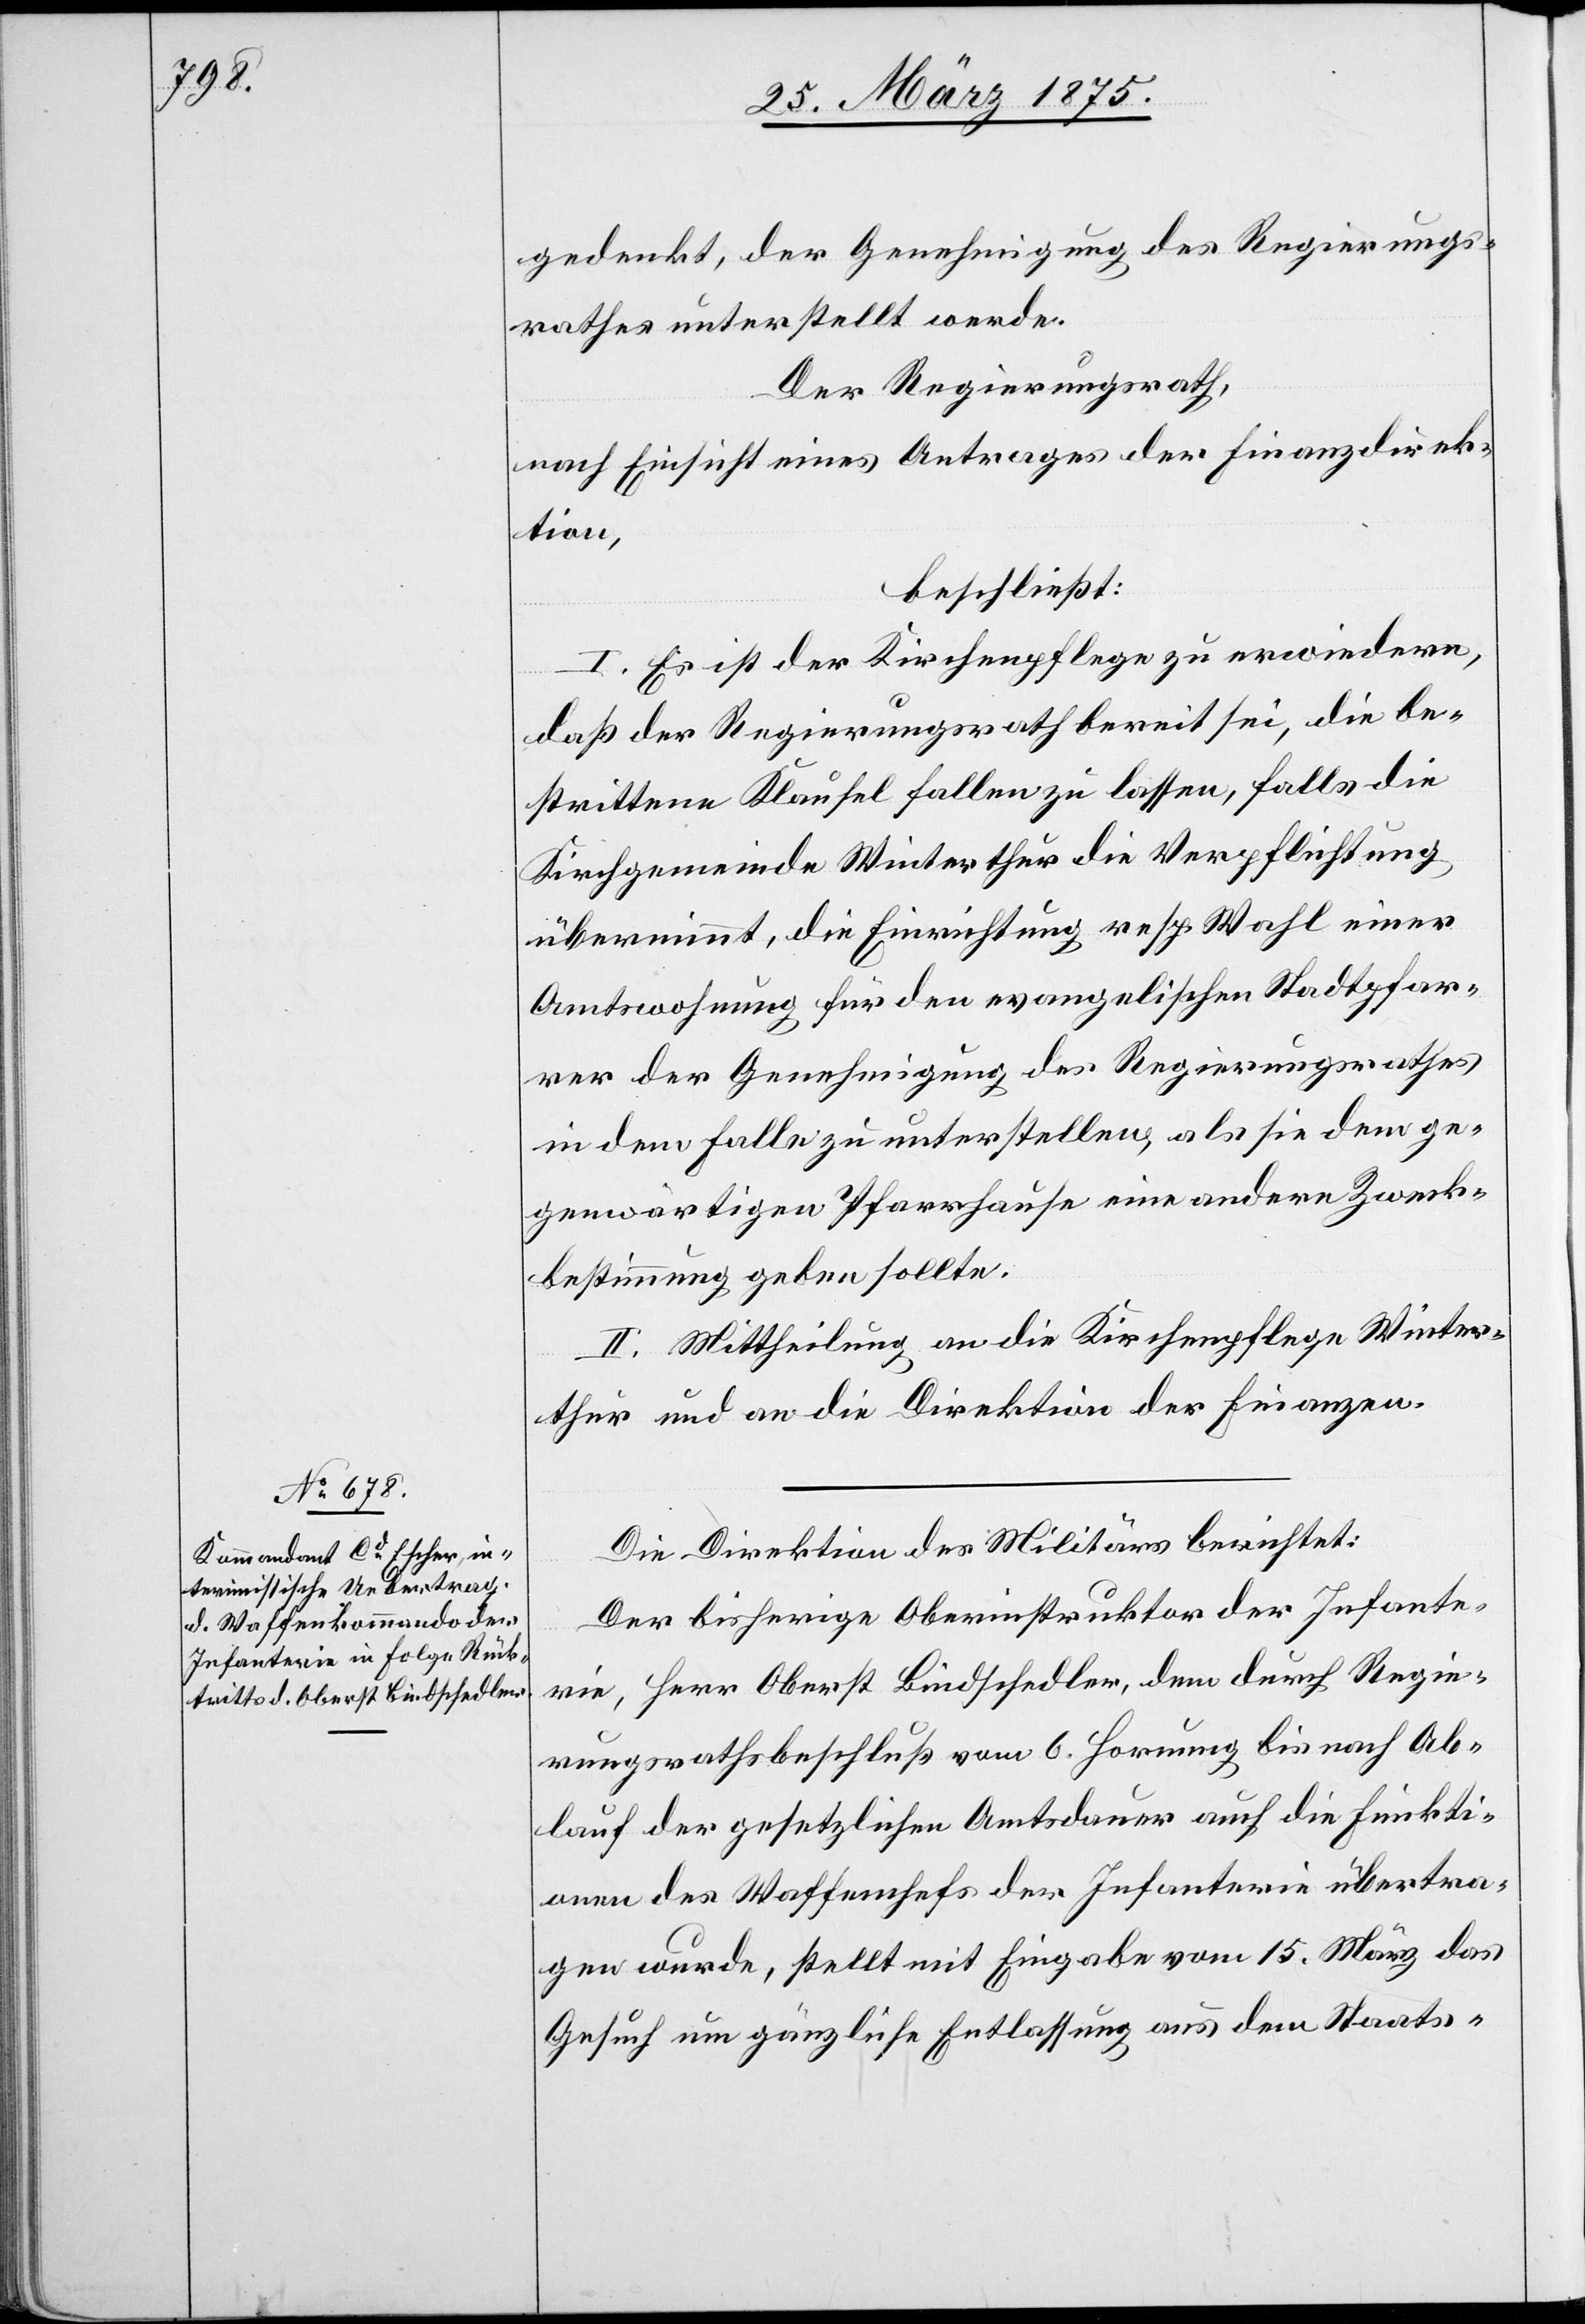
gedenkt, der Genehmigung des Regierungs¬
rathes unterstellt werde.
Der Regierungsrath,
nach Einsicht eines Antrages der Finanzdirek¬
tion,
beschließt:
I. Es sei der Kirchenpflege zu erwiedern,
daß der Regierungsrath bereit sei, die be¬
strittene Klausel fallen zu lassen, falls die
Kirchgemeinde Winterthur die Verpflichtung
übernimmt, die Einrichtung resp. Wahl einer
Amtswohnung für den evangelischen Stadtpfar¬
rer der Genehmigung des Regierungsrathes
in dem Falle zu unterstellen, als sie dem ge¬
genwärtigen Pfarrhause eine andere Zweck¬
bestimmung geben sollte.
II. Mittheilung an die Kirchenpflege Winter¬
thur und an die Direktion der Finanzen.
Die Direktion des Militärs berichtet:
Der bisherige Oberinstruktor der Infante¬
rie, Herr Oberst Bindschedler, dem durch Regie¬
rungsrathsbeschluß vom 6. Hornung bis nach Ab¬
lauf der gesetzlichen Amtsdauer auch die Funkti¬
onen des Waffenchefs der Infanterie übertra¬
gen wurde, stellt mit Eingabe vom 15. März das
Gesuch um gänzliche Entlassung aus dem Staats-